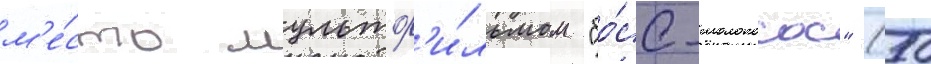
м'е́сто мультф'и́льмом "бо́сс-молокосос" (50